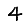
Digit: 4